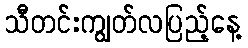
သီတင်းကျွတ်လပြည့်နေ့